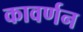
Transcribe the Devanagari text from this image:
कावर्णन